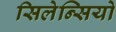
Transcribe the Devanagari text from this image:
सिलेन्सियो